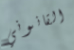
القانوني